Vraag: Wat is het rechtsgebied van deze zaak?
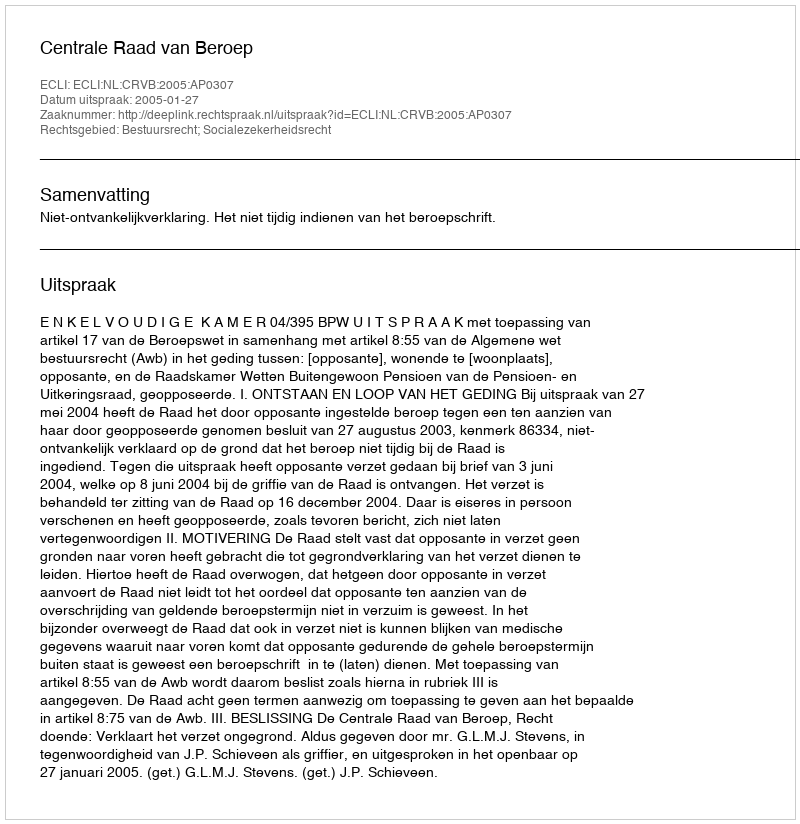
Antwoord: Bestuursrecht; Socialezekerheidsrecht